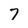
Character: 7